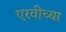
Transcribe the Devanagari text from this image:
एरवीच्या